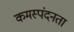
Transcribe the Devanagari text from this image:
कमस्पंदनता